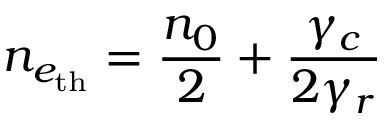
n _ { e _ { \mathrm { t h } } } = \frac { n _ { 0 } } { 2 } + \frac { \gamma _ { c } } { 2 \gamma _ { r } }